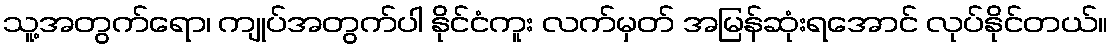
သူ့အတွက်ရော၊ ကျုပ်အတွက်ပါ နိုင်ငံကူး လက်မှတ် အမြန်ဆုံးရအောင် လုပ်နိုင်တယ်။